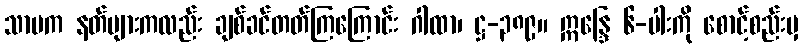
သာမက နတ်များကလည်း ချစ်ခင်တတ်ကြကြောင်း ဂါထာ၊ ဋ္ဌ-၃၈၉။ ဣန္ဒြေ ၆-ပါးကို စောင့်စည်းမှ